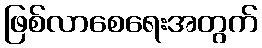
ဖြစ်လာစေရေးအတွက်